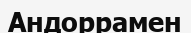
Андоррамен